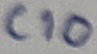
Text: C10